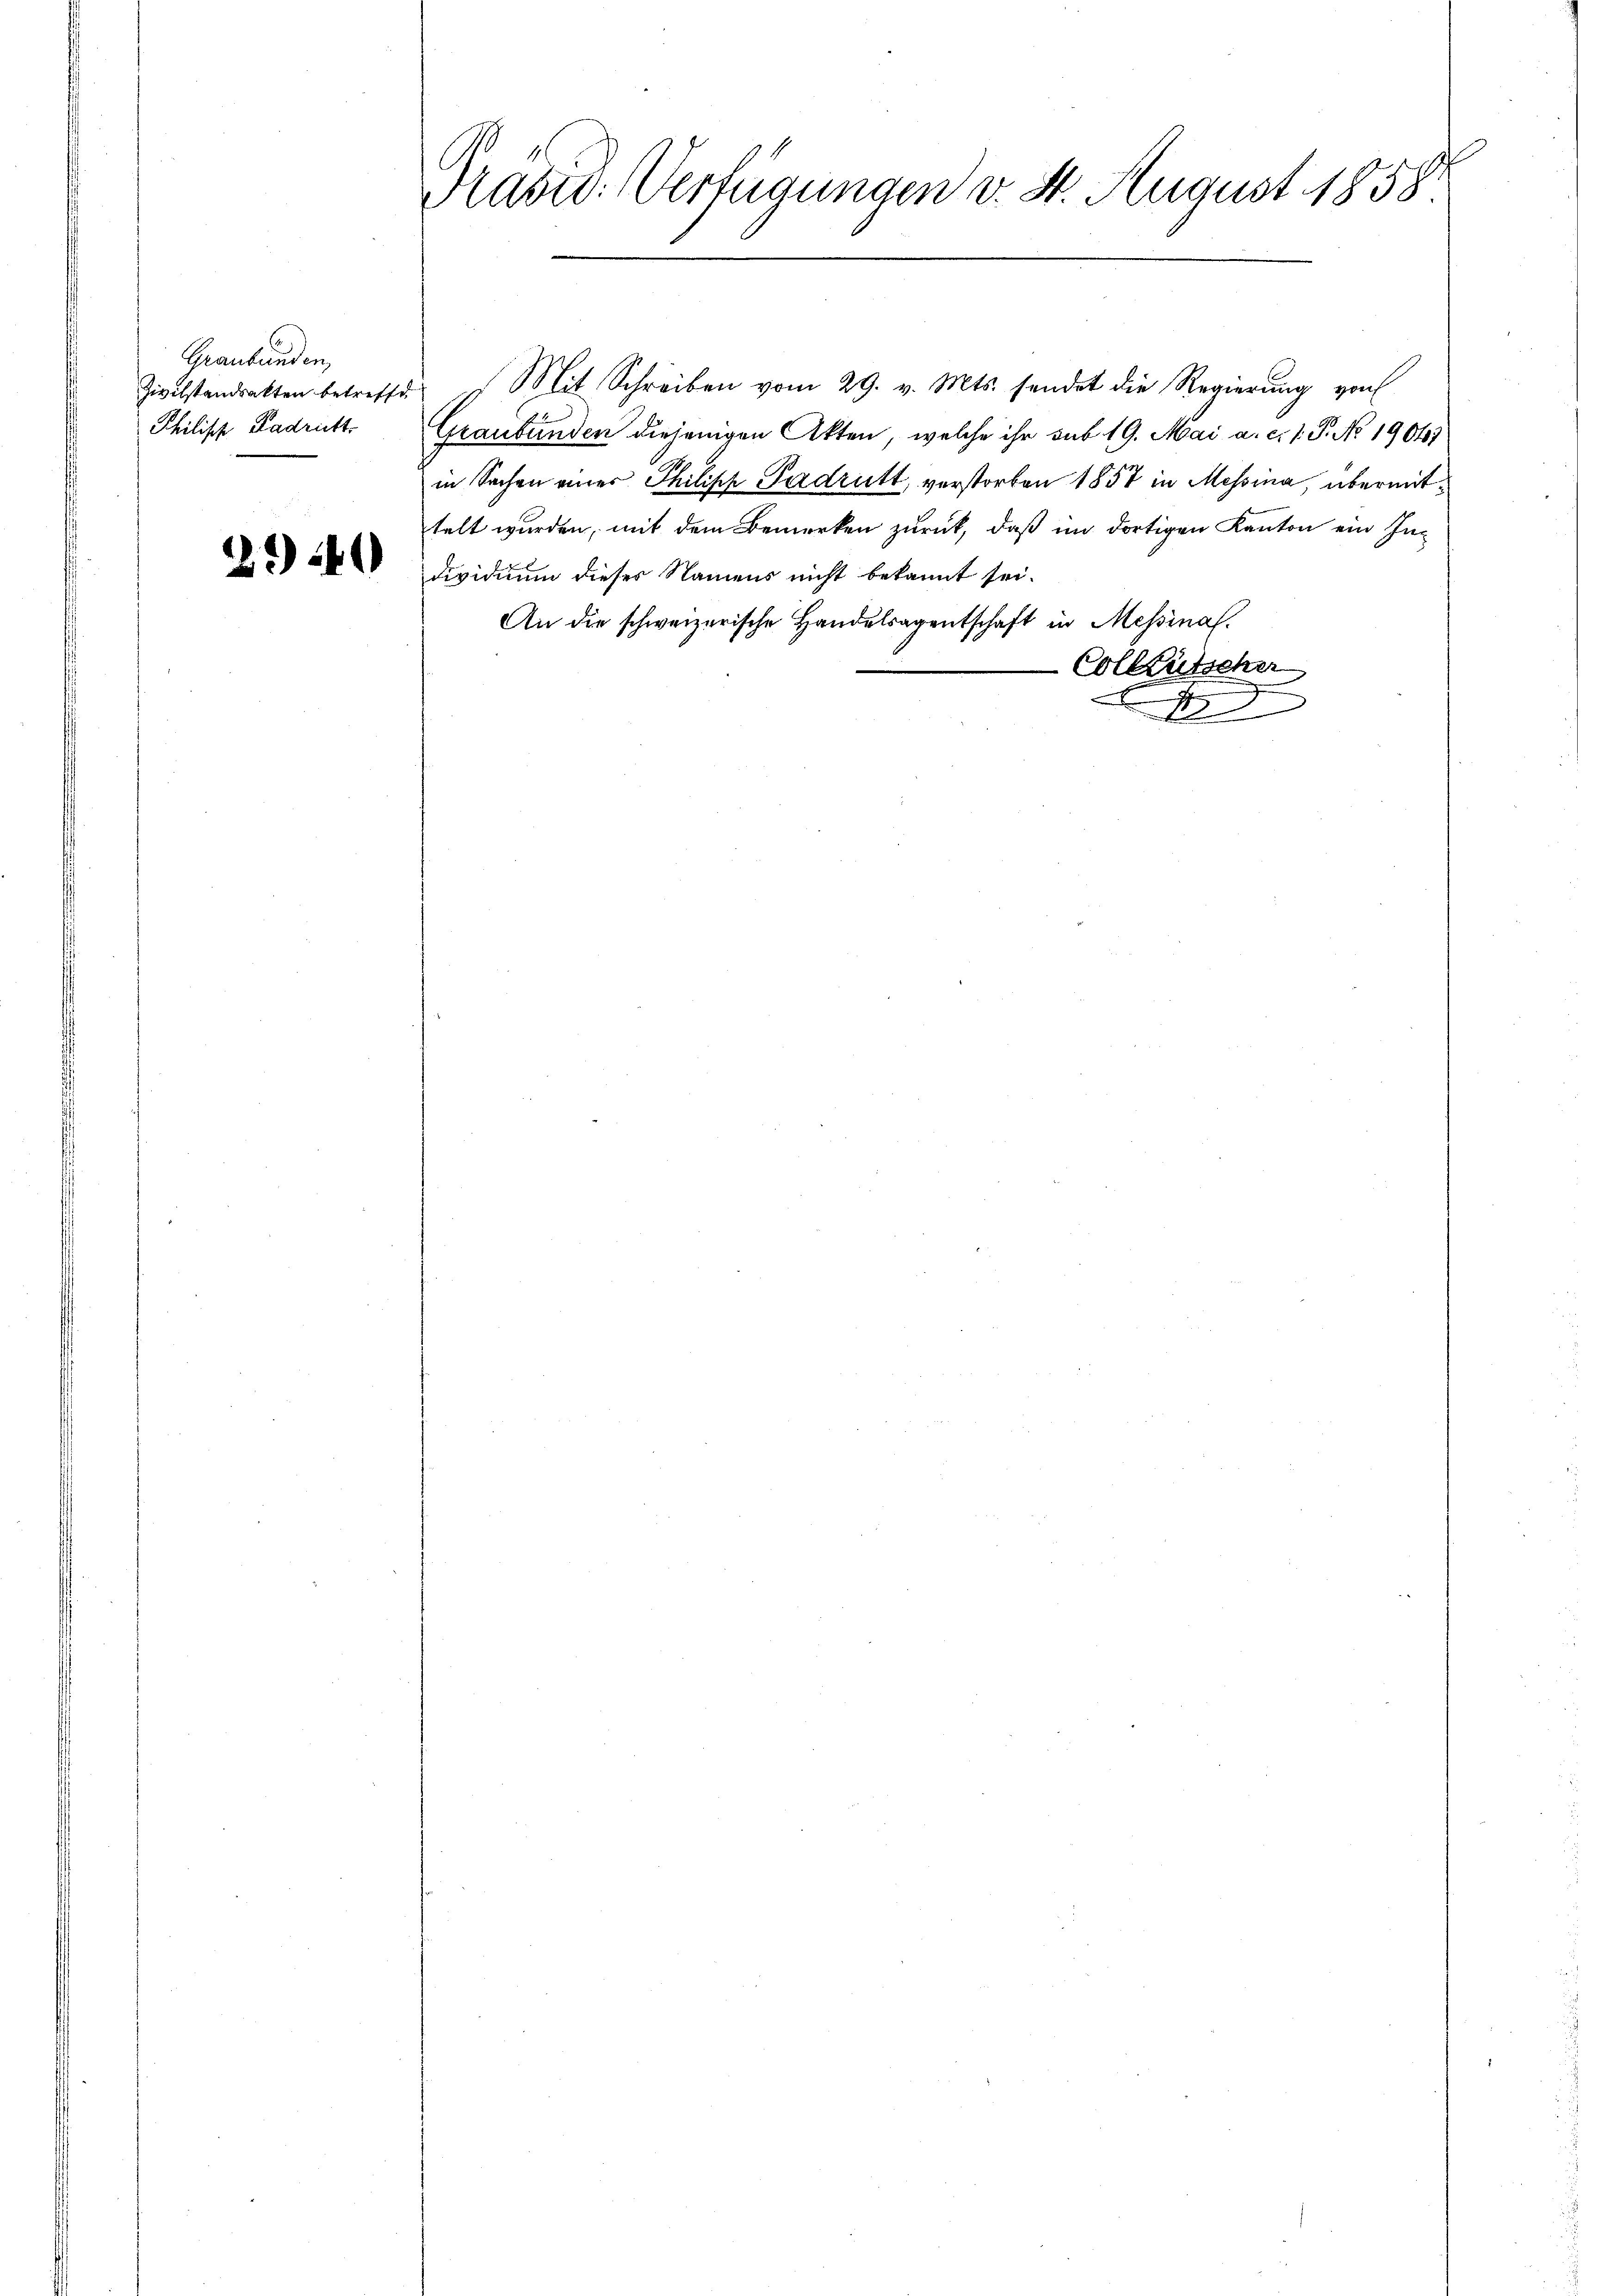
Graubünden,
Zivilstandsakten betreffe
Philisch Padritt

2.40

Kaste: Verfügungen v. St. August 1858

u. Mit Schreiben vom 29. v. Mts. sendet die Regierung von
Graubünden diejenigen Akten, welche ihr sub 19. Mai a. c. 1. P. No 19041
in Sachen einer Philisch Padrutt, verstorben 1857 in Messina, übermittelt wurden, mit dem Bemerken zurück, daß im dortigen Kanton ein In-
dividium dieses Namens nicht bekannt sei.
An die schweizerische Handelsagentschaft in Messinas.
Colltütscher